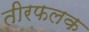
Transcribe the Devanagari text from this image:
तीरफलक